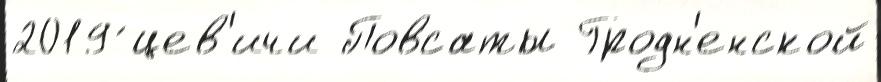
2019 ́цев'ичи Повсаты Гродн'енской